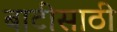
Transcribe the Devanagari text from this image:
बाटीसाठी